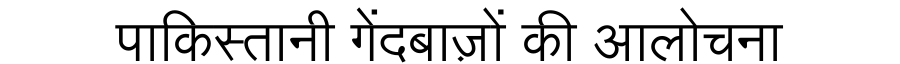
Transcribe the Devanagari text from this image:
पाकिस्तानी गेंदबाज़ों की आलोचना